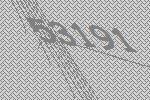
53191